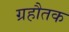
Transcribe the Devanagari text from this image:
ग्रहौतक